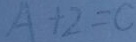
A + 2 = C